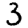
Digit: 3